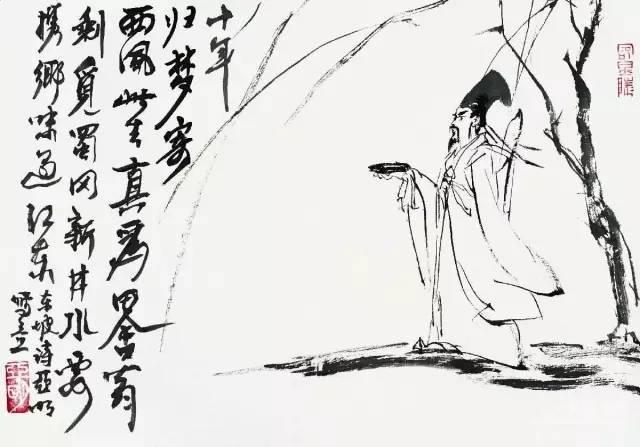
且趁闲身未老，尽放我些子疏狂。